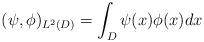
LaTeX: \begin{align*}(\psi,\phi)_{L^2(D)}=\int_{D}\psi(x)\phi(x)dx\end{align*}